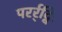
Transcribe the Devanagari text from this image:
परर्र्द्विः